Insane asylums in Bengal annual reports 1876-1887 - 1876-1887
Year: 1876
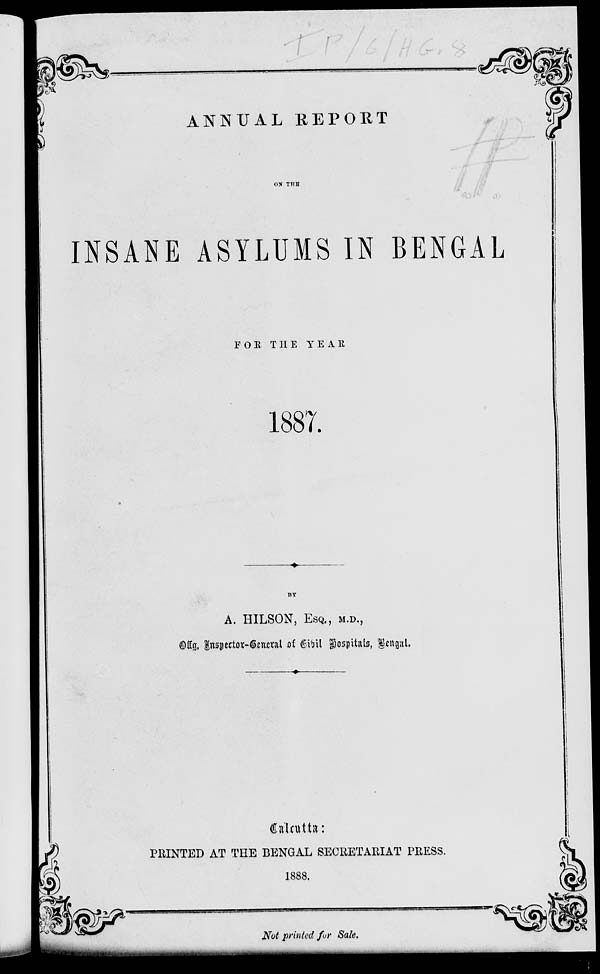
ANNUAL REPORT
ON THE
INSANE ASYLUMS IN BENGAL
FOR THE YEAR
1887.
BY
A. HILSON, ESQ., M.D.,
Offg. Inspector-General of Civil Hospitals, Bengal.
Calcutta:
PRINTED AT THE BENGAL SECRETARIAT PRESS.
1888.
Not printed for Sale.